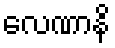
လေဏာနိ